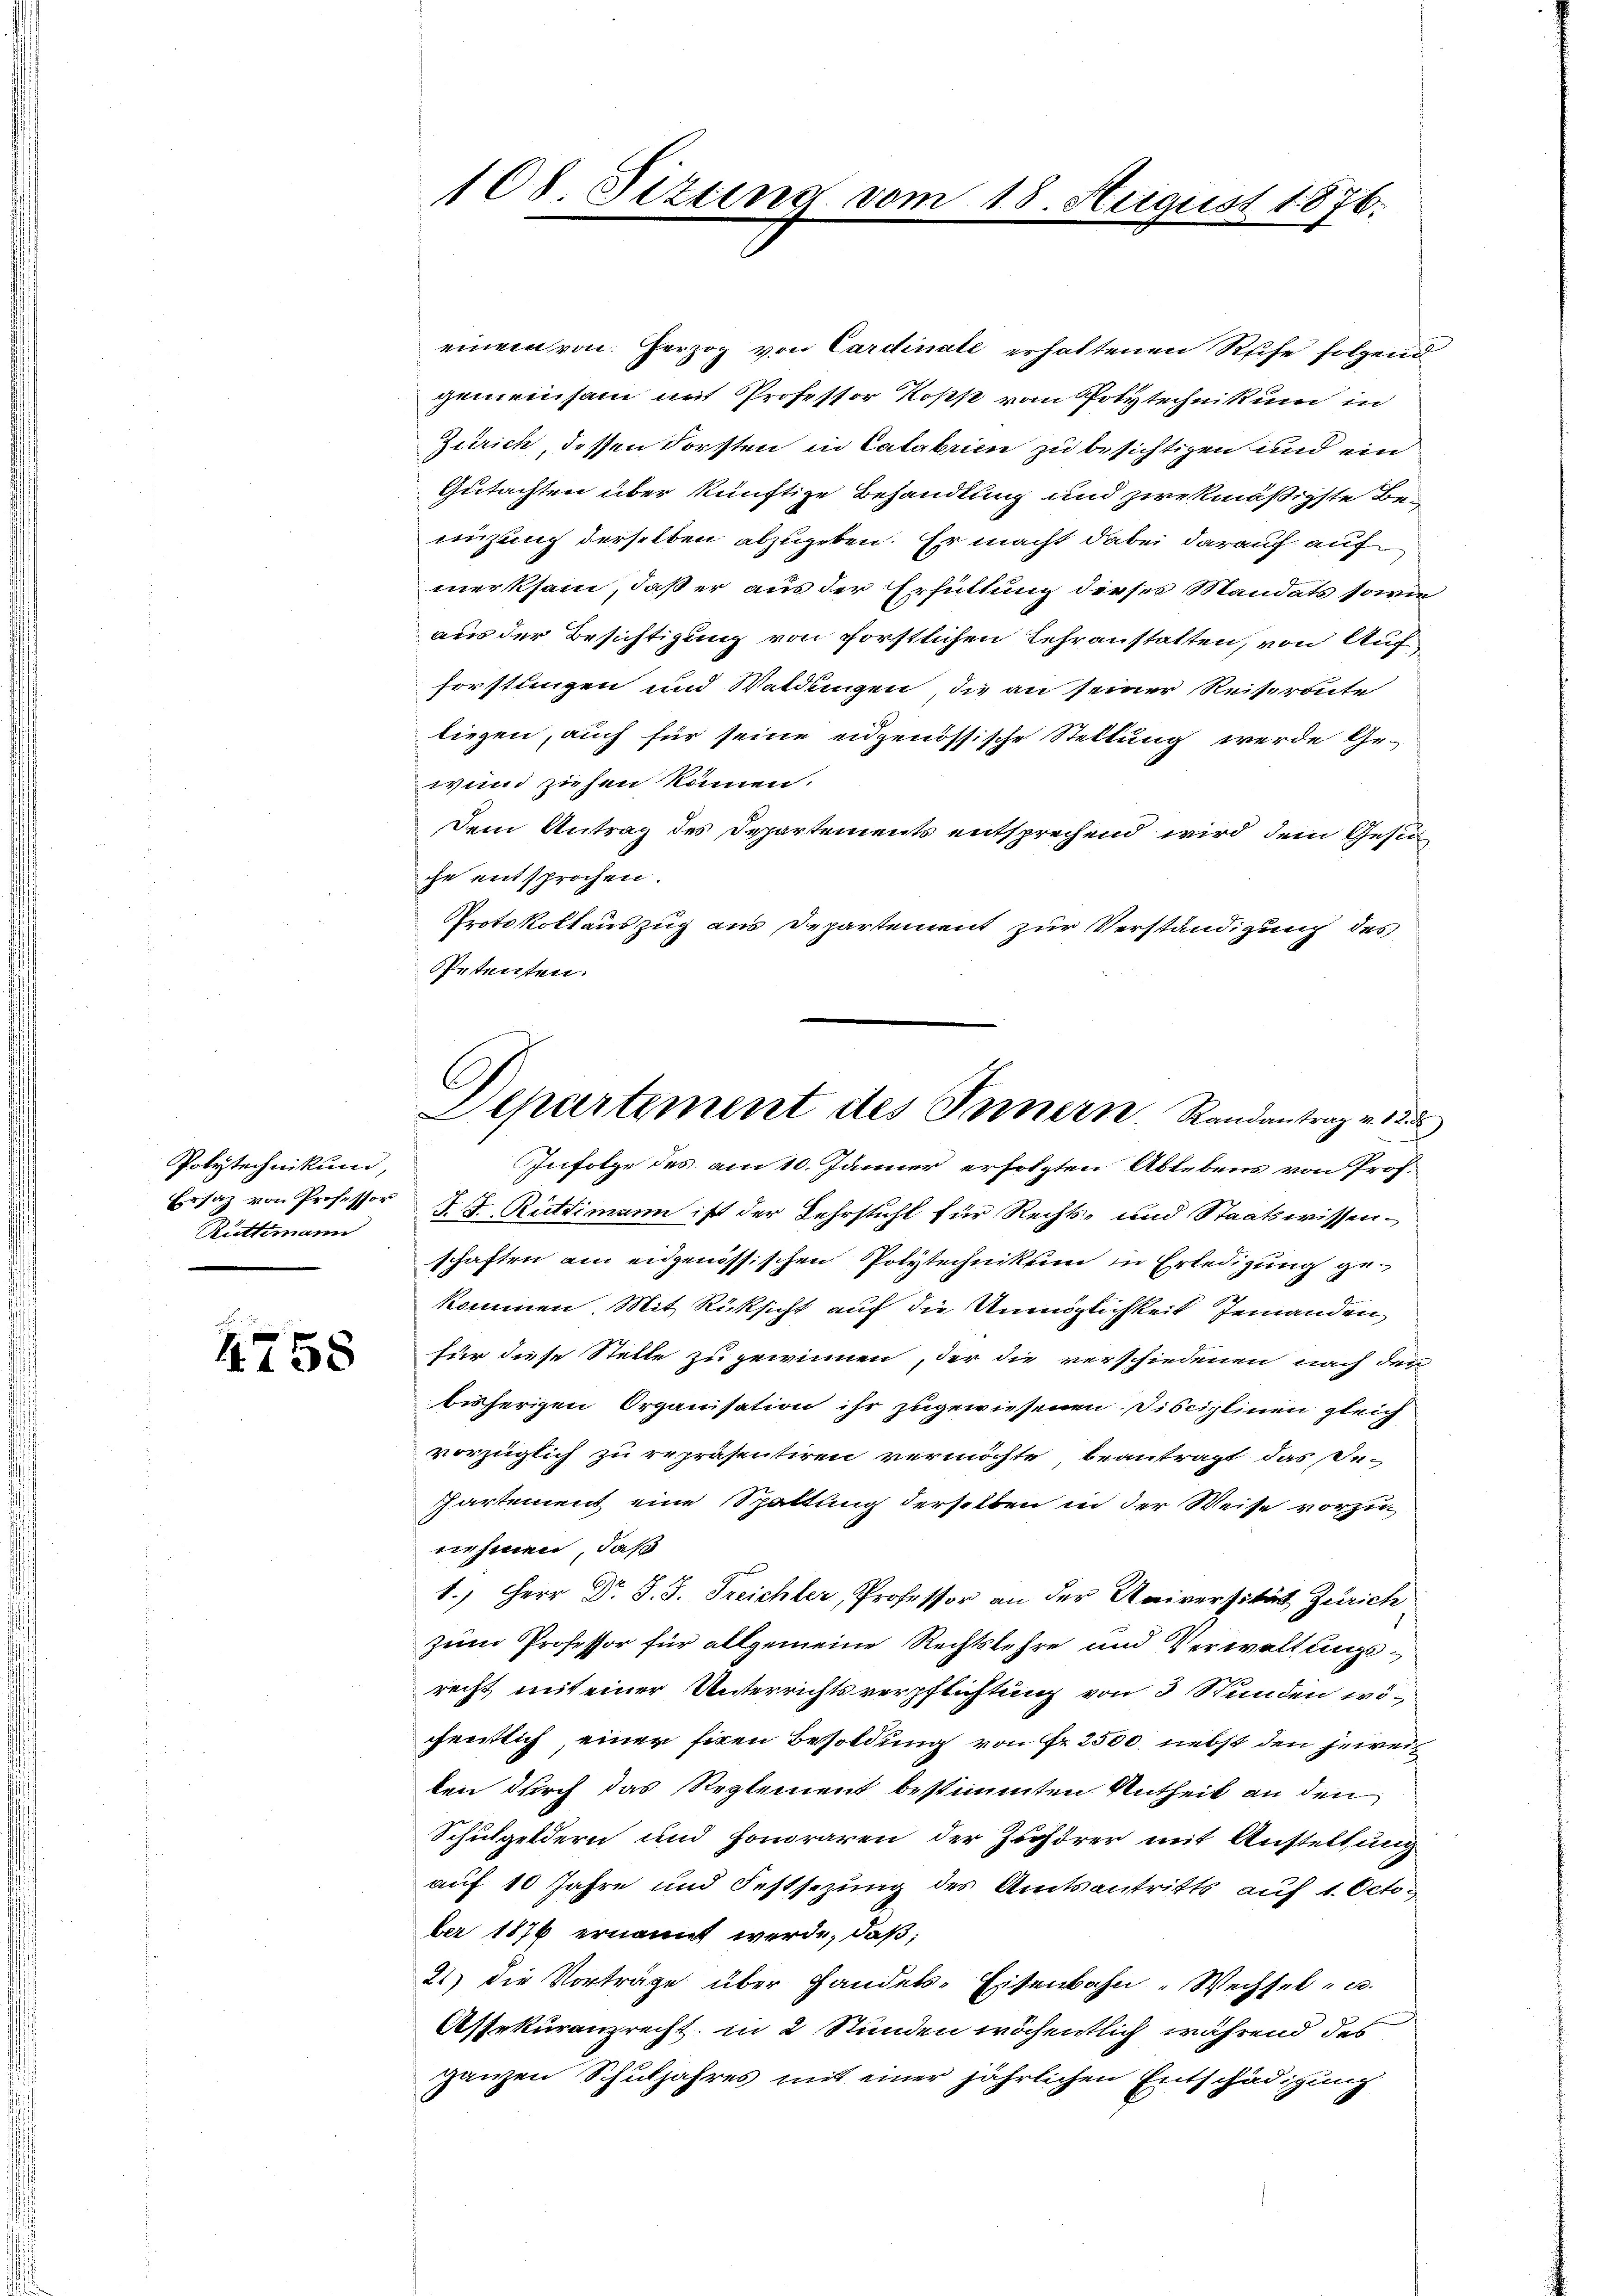
Polytechnikum,
Rüttimann

4758

108 Sizung vom

18. August 1876.

einem von Herzog von Cardinate erhaltenen Reife folgend
gemeinsam mit Professor Kopp vom Polytechnikum in
Zürich, dessen Forsten in Catalerien zu besichtigen und ein
Gutachten über künftige Behandlung und zwekmäßigste Benizung derselben abzugeben. Er macht dabei darauf auf
merksam, daß er aus der Erfüllung dieses Mandats sowie
aus der Besichtigung von forstlichen Lehranstatten, von Aufforstungen und Waldungen, die an seiner Reiseronte
liegen, auch für seine eidgenössische Stellung werde Ge-
wind ziehen können.
Dem Antrag des Departements entsprechend wird dem Gesic
che entsprochen.
Protokollauszug aus Departement zur Verständigung des
Petenten.
Infolge des am 10. Jänner erholzten Ablebens von Prof.
Ersatz von Professor J. J. Rüttimann ist der Lehrstuhl für Rechts- und Staatswissenschaften am eidgenössischen Polytechnikum in Erledigung gekommen. Mit Rüksicht auf die Unmöglichkeit Jemanden
für diese Stelle zu gewinnen, der die verschiedenen nach den
bisherigen Organisation ihr zugewiesenen Disciplinen gleich
vorzüglich zu repräsentiren vermöchte beantragt das De-
Partement eine Spattung derselben in der Weise vorzunehmen, daß
1.) Herr Dr. J. J. Treichler, Professor an der Universität Zürich
zum Professor für allgemeine Rechtslehre und Verwaltungsrecht mit einer Unterrichtsverpflichtung von 3 Stunden wöfentlich, einer siren Besoldung von Fr. 2500 nebst den jeweit
ten durch das Reglement bestimmten Antheil an den
Schulgeldern und Honoraren der Zuhörer mit Anstellung
auf 10 Jahre und Festsezung des Amtsantritts auf 1. Octo
ber 1876 ernannt werde, daß,
21) die Vorträge über Handels-Eisenbahn Wechsel - u.
Assekuranzrecht, in 2 Stunden wöchentlich während des
ganzen Schuljahres mit einer jährlichen Entschädigung

C
Separtement des Innern Randantrag v. 123